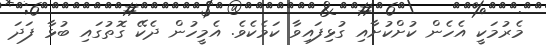
މެރުމަކީ އެހެން ކުށްކުށާއި ގުޅިފައިވާ ކަމެކެވެ. އެމީހުން ދެކޭ ގޮތުގައި ބުޅާ ފަދަ